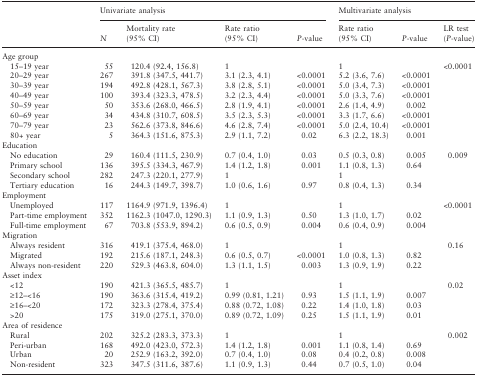
<table><thead><tr><td></td><td colspan="4"><b>Univariate analysis</b></td><td colspan="3"><b>Multivariate analysis</b></td></tr><tr><td></td><td><b><i>N</i></b></td><td><b>Mortality rate (95% CI)</b></td><td><b>Rate ratio (95% CI)</b></td><td><b><i>P</i>-value</b></td><td><b>Rate ratio (95% CI)</b></td><td><b><i>P</i>-value</b></td><td><b>LR test (<i>P</i>-value)</b></td></tr></thead><tbody><tr><td colspan="8">Age group</td></tr><tr><td> 15–19 year</td><td>55</td><td>120.4 (92.4, 156.8)</td><td>1</td><td></td><td>1</td><td></td><td>&lt;0.0001</td></tr><tr><td> 20–29 year</td><td>267</td><td>391.8 (347.5, 441.7)</td><td>3.1 (2.3, 4.1)</td><td>&lt;0.0001</td><td>5.2 (3.6, 7.6)</td><td>&lt;0.0001</td><td></td></tr><tr><td> 30–39 year</td><td>194</td><td>492.8 (428.1, 567.3)</td><td>3.8 (2.8, 5.1)</td><td>&lt;0.0001</td><td>5.0 (3.4, 7.3)</td><td>&lt;0.0001</td><td></td></tr><tr><td> 40–49 year</td><td>100</td><td>393.4 (323.3, 478.5)</td><td>3.2 (2.3, 4.4)</td><td>&lt;0.0001</td><td>5.0 (3.3, 7.6)</td><td>&lt;0.0001</td><td></td></tr><tr><td> 50–59 year</td><td>50</td><td>353.6 (268.0, 466.5)</td><td>2.8 (1.9, 4.1)</td><td>&lt;0.0001</td><td>2.6 (1.4, 4.9)</td><td>0.002</td><td></td></tr><tr><td> 60–69 year</td><td>34</td><td>434.8 (310.7, 608.5)</td><td>3.5 (2.3, 5.3)</td><td>&lt;0.0001</td><td>3.3 (1.7, 6.6)</td><td>&lt;0.0001</td><td></td></tr><tr><td> 70–79 year</td><td>23</td><td>562.6 (373.8, 846.6)</td><td>4.6 (2.8, 7.4)</td><td>&lt;0.0001</td><td>5.0 (2.4, 10.4)</td><td>&lt;0.0001</td><td></td></tr><tr><td> 80+ year</td><td>5</td><td>364.3 (151.6, 875.3)</td><td>2.9 (1.1, 7.2)</td><td>0.02</td><td>6.3 (2.2, 18.3)</td><td>0.001</td><td></td></tr><tr><td colspan="8">Education</td></tr><tr><td> No education</td><td>29</td><td>160.4 (111.5, 230.9)</td><td>0.7 (0.4, 1.0)</td><td>0.03</td><td>0.5 (0.3, 0.8)</td><td>0.005</td><td>0.009</td></tr><tr><td> Primary school</td><td>136</td><td>395.5 (334.3, 467.9)</td><td>1.4 (1.2, 1.8)</td><td>0.001</td><td>1.1 (0.8, 1.3)</td><td>0.64</td><td></td></tr><tr><td> Secondary school</td><td>282</td><td>247.3 (220.1, 277.9)</td><td>1</td><td></td><td>1</td><td></td><td></td></tr><tr><td> Tertiary education</td><td>16</td><td>244.3 (149.7, 398.7)</td><td>1.0 (0.6, 1.6)</td><td>0.97</td><td>0.8 (0.4, 1.3)</td><td>0.34</td><td></td></tr><tr><td colspan="8">Employment</td></tr><tr><td> Unemployed</td><td>117</td><td>1164.9 (971.9, 1396.4)</td><td>1</td><td></td><td>1</td><td></td><td>&lt;0.0001</td></tr><tr><td> Part-time employment</td><td>352</td><td>1162.3 (1047.0, 1290.3)</td><td>1.1 (0.9, 1.3)</td><td>0.50</td><td>1.3 (1.0, 1.7)</td><td>0.02</td><td></td></tr><tr><td> Full-time employment</td><td>67</td><td>703.8 (553.9, 894.2)</td><td>0.6 (0.5, 0.9)</td><td>0.004</td><td>0.6 (0.4, 0.9)</td><td>0.004</td><td></td></tr><tr><td colspan="8">Migration</td></tr><tr><td> Always resident</td><td>316</td><td>419.1 (375.4, 468.0)</td><td>1</td><td></td><td>1</td><td></td><td>0.16</td></tr><tr><td> Migrated</td><td>192</td><td>215.6 (187.1, 248.3)</td><td>0.6 (0.5, 0.7)</td><td>&lt;0.0001</td><td>1.0 (0.8, 1.3)</td><td>0.82</td><td></td></tr><tr><td> Always non-resident</td><td>220</td><td>529.3 (463.8, 604.0)</td><td>1.3 (1.1, 1.5)</td><td>0.003</td><td>1.3 (0.9, 1.9)</td><td>0.22</td><td></td></tr><tr><td colspan="8">Asset index</td></tr><tr><td> &lt;12</td><td>190</td><td>421.3 (365.5, 485.7)</td><td>1</td><td></td><td>1</td><td></td><td>0.02</td></tr><tr><td> ≥12–&lt;16</td><td>190</td><td>363.6 (315.4, 419.2)</td><td>0.99 (0.81, 1.21)</td><td>0.93</td><td>1.5 (1.1, 1.9)</td><td>0.007</td><td></td></tr><tr><td> ≥16–&lt;20</td><td>172</td><td>323.3 (278.4, 375.4)</td><td>0.88 (0.72, 1.08)</td><td>0.22</td><td>1.4 (1.0, 1.8)</td><td>0.03</td><td></td></tr><tr><td> &gt;20</td><td>175</td><td>319.0 (275.1, 370.0)</td><td>0.89 (0.72, 1.09)</td><td>0.25</td><td>1.5 (1.1, 1.9)</td><td>0.01</td><td></td></tr><tr><td colspan="8">Area of residence</td></tr><tr><td> Rural</td><td>202</td><td>325.2 (283.3, 373.3)</td><td>1</td><td></td><td>1</td><td></td><td>0.002</td></tr><tr><td> Peri-urban</td><td>168</td><td>492.0 (423.0, 572.3)</td><td>1.4 (1.2, 1.8)</td><td>0.001</td><td>1.1 (0.8, 1.4)</td><td>0.69</td><td></td></tr><tr><td> Urban</td><td>20</td><td>252.9 (163.2, 392.0)</td><td>0.7 (0.4, 1.0)</td><td>0.08</td><td>0.4 (0.2, 0.8)</td><td>0.008</td><td></td></tr><tr><td> Non-resident</td><td>323</td><td>347.5 (311.6, 387.6)</td><td>1.1 (0.9, 1.3)</td><td>0.44</td><td>0.7 (0.5, 1.0)</td><td>0.04</td><td></td></tr></tbody></table>